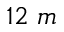
1 2 ~ m